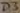
Text: D3